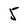
Character: 5